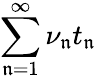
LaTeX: \sum_{\mathfrak{n}=1}^{\infty}\nu_{\mathfrak{n}}t_{\mathfrak{n}}